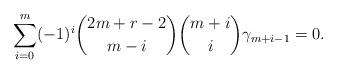
LaTeX: \begin{align*} \sum\limits_{i=0}^{m} (-1)^i {2m +r - 2 \choose m - i}{m+i \choose i} \gamma_{m + i - 1} = 0.\end{align*}